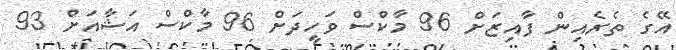
އޭގެ ތެރެއިން ފާއިޒަށް 96 މާކްސް ވަހީދަށް 96 މާކްސް އަޝާއަށް 93